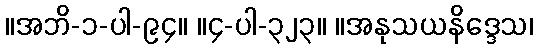
။အဘိ-၁-ပါ-၉၄။ ။၄-ပါ-၃၂၃။ ။အနုသယနိဒ္ဒေသ၊